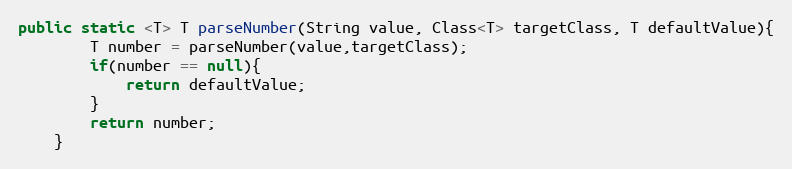
Language: Java
public static <T> T parseNumber(String value, Class<T> targetClass, T defaultValue){
		T number = parseNumber(value,targetClass);
		if(number == null){
			return defaultValue;
		}
		return number;
	}